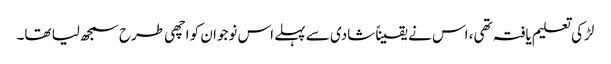
لڑکی تعلیم یافتہ تھی، اس نے یقیناً شادی سے پہلے اس نوجوان کو اچھی طرح سمجھ لیا تھا۔